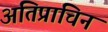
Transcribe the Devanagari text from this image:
अतिप्राचिन